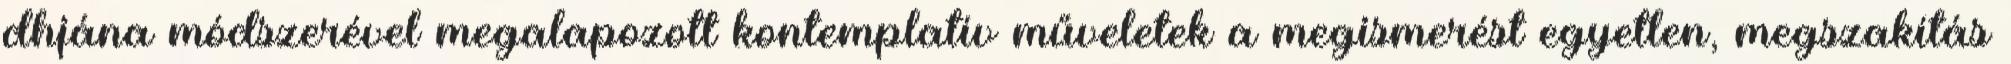
dhjána módszerével megalapozott kontemplatív műveletek a megismerést egyetlen, megszakítás